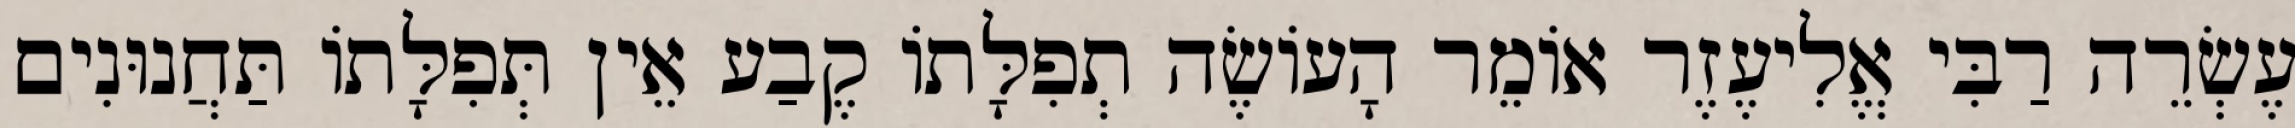
עֶשְׂרֵה רַבִּי אֱלִיעֶזֶר אוֹמֵר הָעוֹשֶׂה תְפִלָּתוֹ קֶבַע אֵין תְּפִלָּתוֹ תַּחֲנוּנִים